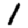
Digit: 1